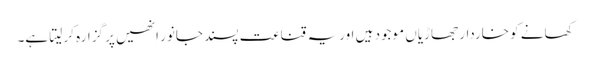
کھانے کو خاردار جھاڑیاں موجود ہیں اوریہ قناعت پسند جانور اِنھیں پر گزارہ کر لیتا ہے۔